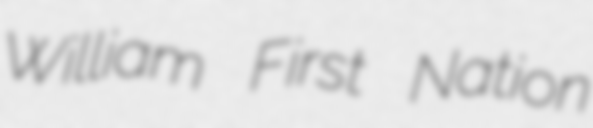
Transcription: William First Nation